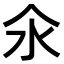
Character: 氽